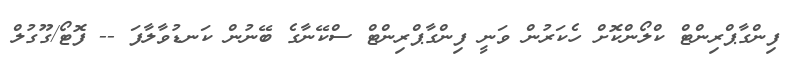
ފިންގާޕްރިންޓް ކްލޯންކޮށް ހެކަރުން ވަނީ ފިންގާޕްރިންޓް ސްކޭނާގެ ބޭނުން ކަނޑުވާލާފަ -- ފޮޓޯ/ގޫގުލް